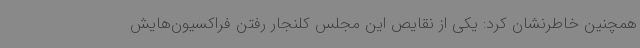
همچنین خاطرنشان کرد: یکی از نقایص این مجلس کلنجار رفتن فراکسیون‌هایش